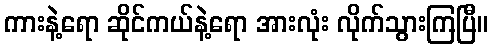
ကားနဲ့ရော ဆိုင်ကယ်နဲ့ရော အားလုံး လိုက်သွားကြပြီ။